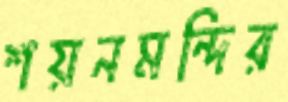
শয়নমন্দির